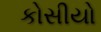
કોસીયો